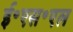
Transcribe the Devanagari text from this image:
ई॰एस॰एल